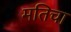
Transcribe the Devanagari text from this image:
मतिचा